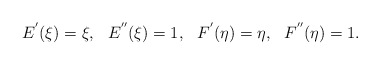
\begin{align*}E^{'}(\xi)=\xi,\ \ E^{''}(\xi)=1, \ \ F^{'}(\eta)=\eta,\ \ F^{''}(\eta)=1.\end{align*}